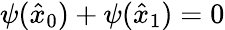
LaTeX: \psi(\hat{x}_{0})+\psi(\hat{x}_{1})=0